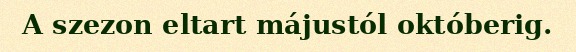
A szezon eltart májustól októberig.